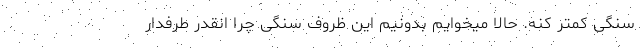
سنگی کمتر کنه. حالا میخوایم بدونیم این ظروف سنگی چرا انقدر طرفدار